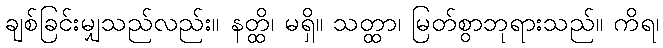
ချစ်ခြင်းမျှသည်လည်း။ နတ္ထိ၊ မရှိ။ သတ္ထာ၊ မြတ်စွာဘုရားသည်။ ကိရ၊